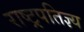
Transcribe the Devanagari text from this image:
राष्ट्रपतिज्ञ्य